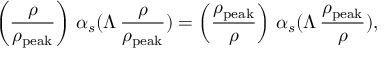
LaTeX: \left( \frac { \rho } { \rho _ { \mathrm { p e a k } } } \right) \, \alpha _ { s } ( \Lambda \, \frac { \rho } { \rho _ { \mathrm { p e a k } } } ) = \left( \frac { \rho _ { \mathrm { p e a k } } } { \rho } \right) \, \alpha _ { s } ( \Lambda \, \frac { \rho _ { \mathrm { p e a k } } } { \rho } ) ,